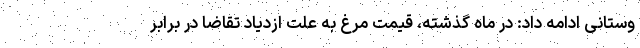
وستانی ادامه داد: در ماه گذشته، قیمت مرغ به علت ازدیاد تقاضا در برابر